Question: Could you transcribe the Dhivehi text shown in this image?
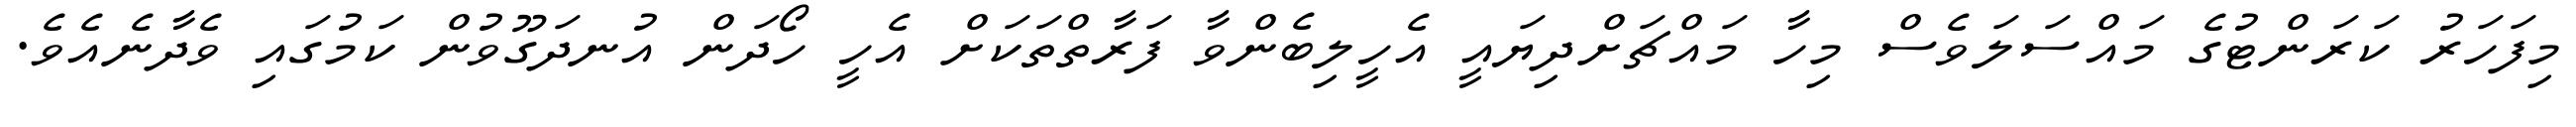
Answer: މިފަހަރު ކަރަންޓުގެ މައްސަލަވެސް މިހާ މައްޗަށްދިޔައީ އެހީލިބެންވާ ފަރާތްތަކަށް އެހީ ހޯދަން އުނދަގޫވުން ކަމުގައި ވެދާނެއެވެ.